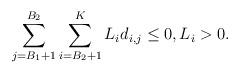
LaTeX: \begin{align*}\sum\limits_{j=B_{1}+1}^{B_{2}} \sum\limits_{i=B_{2}+1}^{K} {L}_i d_{i,j} \leq 0 , L_i >0.\end{align*}